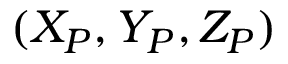
( X _ { P } , Y _ { P } , Z _ { P } )